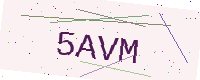
Text: 5AVM